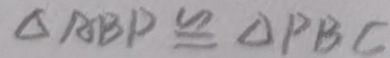
\Delta A B D \cong \Delta P B C